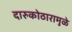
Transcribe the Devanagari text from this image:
दारुकोठारामुळे